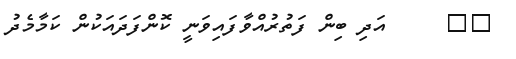
٢٠     އަދި ބިން ފަތުރުއްވާފައިވަނީ ކޮންފަދައަކުން ކަމާމެދު